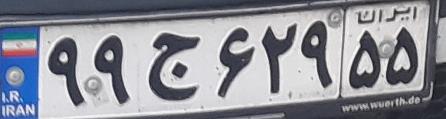
۹۹ج۶۲۹۵۵